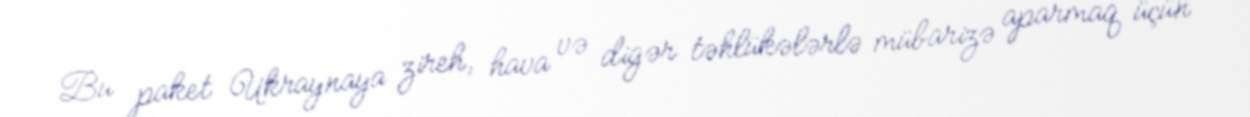
Bu paket Ukraynaya zireh, hava və digər təhlükələrlə mübarizə aparmaq üçün